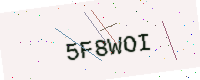
Text: 5F8WOI